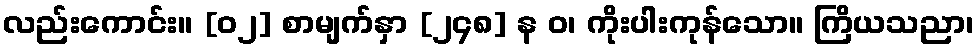
လည်းကောင်း။ [၀၂] စာမျက်နှာ [၂၄၈] န ဝ၊ ကိုးပါးကုန်သော။ ကြိယသညာ၊